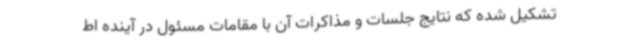
تشکیل شده که نتایج جلسات و مذاکرات آن با مقامات مسئول در آینده اط